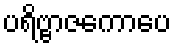
ပရိဗ္ဗာဇကောပေ